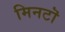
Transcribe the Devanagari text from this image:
मिनटॊ